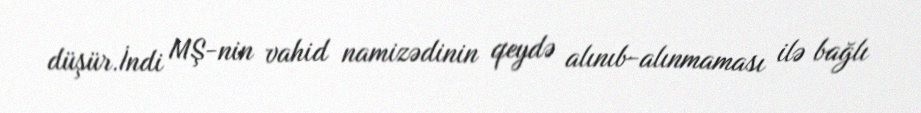
düşür.İndi MŞ-nin vahid namizədinin qeydə alınıb-alınmaması ilə bağlı